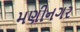
મણીનગર